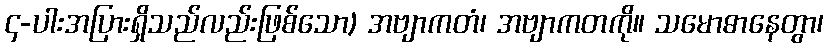
၄-ပါးအပြားရှိသည်လည်းဖြစ်သော) အဗျာကတံ၊ အဗျာကတကို။ သမောဓာနေတွာ၊